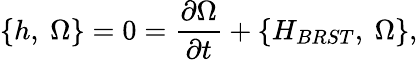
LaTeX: \{ h,\ \Omega\} =0={\frac{\partial{\Omega}}{\partial t}}+\{ H_{BRST},\ \Omega\} ,